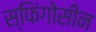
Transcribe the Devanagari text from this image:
स्फिंगोसीन